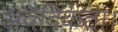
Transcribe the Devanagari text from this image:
अवैदिकता।